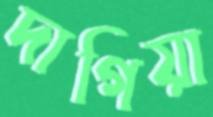
দাগিয়া